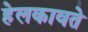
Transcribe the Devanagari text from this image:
हेलकावते